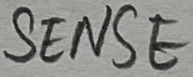
Text: SENSE